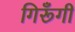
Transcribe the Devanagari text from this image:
गिरूँगी